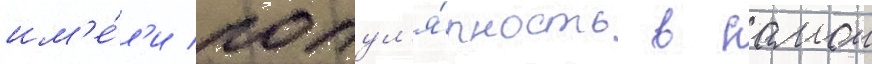
им'е́л'и попул'я́рность в самои